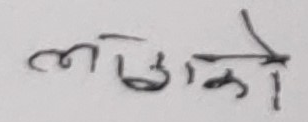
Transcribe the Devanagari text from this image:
लठाएको